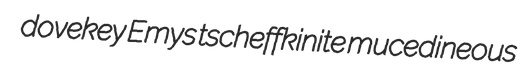
dovekey Emys tscheffkinite mucedineous